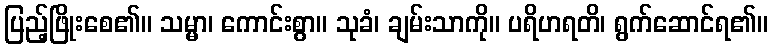
ပြည့်ဖြိုးစေ၏။ သမ္မာ၊ ကောင်းစွာ။ သုခံ၊ ချမ်းသာကို။ ပရိဟရတိ၊ ရွက်ဆောင်ရ၏။